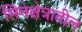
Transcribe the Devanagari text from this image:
सिनेक्षेत्रातील